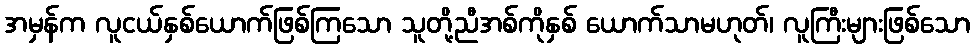
အမှန်က လူငယ်နှစ်ယောက်ဖြစ်ကြသော သူတို့ညီအစ်ကိုနှစ် ယောက်သာမဟုတ်၊ လူကြီးများဖြစ်သော